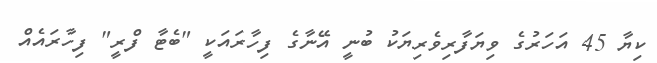
ކިޔާ 45 އަހަރުގެ ވިޔަފާރިވެރިޔަކު ބުނީ އޭނާގެ ފިހާރައަކީ "ބެޓާ ފްރީ" ފިހާރައެއް